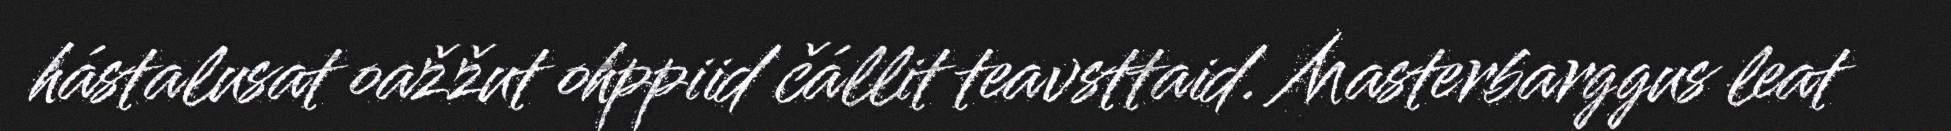
hástalusat oažžut ohppiid čállit teavsttaid. Masterbarggus leat